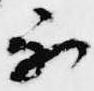
不